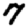
Digit: 7